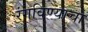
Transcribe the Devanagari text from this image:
रंगविण्याचा